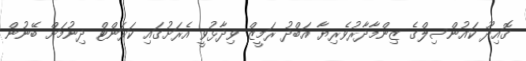
ގޮއިދޫ ކައުންސިލްގެ ޒިންމާދާރުވެރިޔާ އަބްދު ރަމީޒް ވިދާޅުވީ އެރަށުގައި ކަރަންޓް ދިނުމަށް ބޭނުން